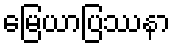
မြေယာပြဿနာ